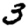
Digit: 3